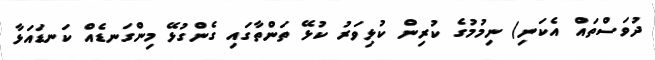
ދުވަސްތައް އެކަނި) ނިމުމުގެ ކުރިން ކުޅިވަރު ކުޅޭ ތަންތާގައި ގެންގުޅޭ މިންގަނޑެއް ކަނޑައަޅާ